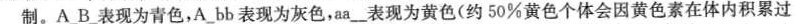
制。A_B_表现为青色，A_bb表现为灰色，aa__表现为黄色(约50%黄色个体会因黄色素在体内积累过